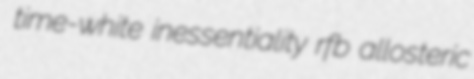
time-white inessentiality rfb allosteric